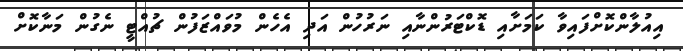
އިއުލާންކޮށްފައިވާ ކަމަށާއި ޑޮކްޓަރުންނާއި ނަރުހުން އަދި އެހެން މުވައްޒަފުން ޗުއްޓީ ނެގުން މަނާކޮށް